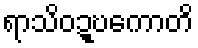
ရာသိဝဍ္ဎကောတိ